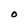
Character: O